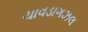
ચાવડાગઝલ